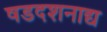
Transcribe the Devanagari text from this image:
षडदशनाद्य